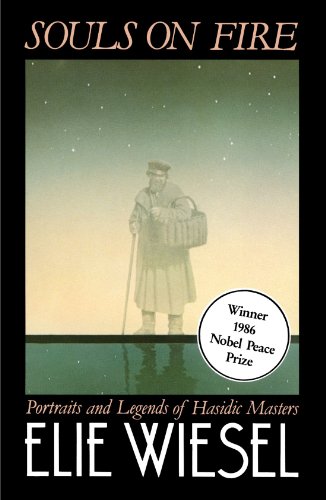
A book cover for Souls on Fire: Portraits and Legends of Hasidic Masters; Elie Wiesel; Religion & Spirituality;